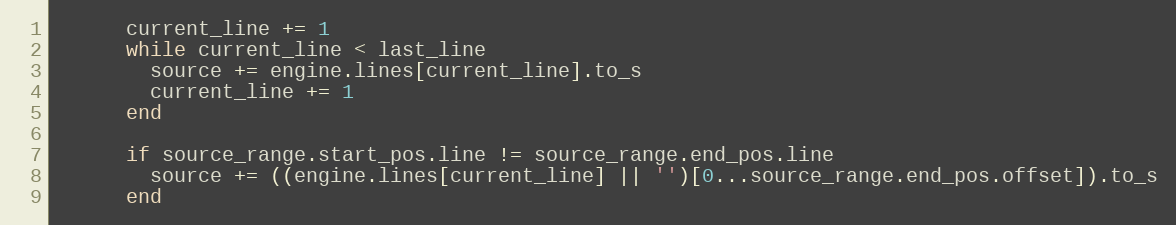
Language: Ruby
      current_line += 1
      while current_line < last_line
        source += engine.lines[current_line].to_s
        current_line += 1
      end

      if source_range.start_pos.line != source_range.end_pos.line
        source += ((engine.lines[current_line] || '')[0...source_range.end_pos.offset]).to_s
      end